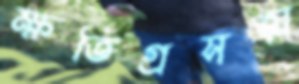
ক্ষতিগ্রসত্ম